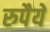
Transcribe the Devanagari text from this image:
रुपैये